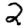
Digit: 2